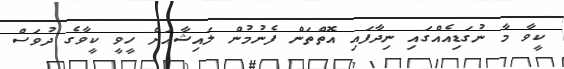
ކީވާ މާ ނުގަޑިއެއްގައި ނިދާފައި އޮތްތަން ފެނުމުން ލައިޝާއަށް ހީވީ ކީވާގެ ދުވަސް